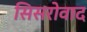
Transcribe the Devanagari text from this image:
सिसरोवाद